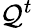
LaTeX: \mathcal{Q}^{t}